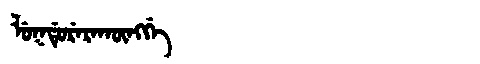
Manchu: ᠯᡠᡴᡩᡠᡵᡝᡵᠠᡴᡡᠩᡤᡝ
Romanization: LUKDURERAKŪNGGE